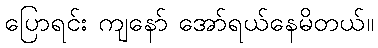
ပြောရင်း ကျနော် အော်ရယ်နေမိတယ်။